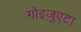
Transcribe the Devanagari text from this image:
गोइज़ुएटा